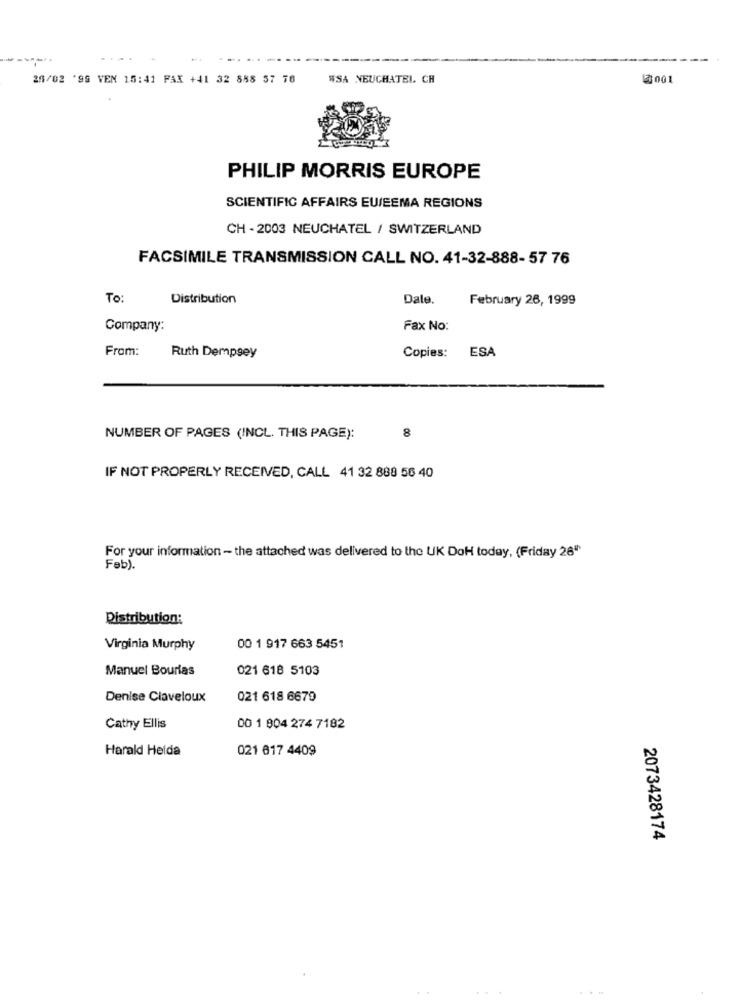
24/02 '99 VEN 15:41 FAX +41 32 858 57 76
SSA NEUCHATEL CH
3001
PHILIP MORRIS EUROPE
SCIENTIFIC AFFAIRS EU/EEMA REGIONS
CH - 2003 NEUCHATEL / SWITZERLAND
FACSIMILE TRANSMISSION CALL NO. 41-32-888- 57 76
To:
Distribution
Dale.
February 26, 1999
Company:
Fax No:
Copies: ESA
From:
Ruth Dempsey
8
NUMBER OF PAGES (INCL. THIS PAGE):
IF NOT PROPERLY RECEIVED, CALL 41 32 888 56 40
For your information - the attached was delivered to the UK DoH today, (Friday 26"
Feb).
Distribution:
Virginia Murphy
00 1 917 663 5451
Manuel Bourfas
021 618 5103
Denise Claveloux
021 618 6679
Cathy Ellis
00 1 804 274 7182
Harald Helda
021 617 4409
2073428174